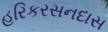
હરિકરસનદાસ